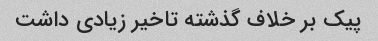
پیک بر خلاف گذشته تاخیر زیادی داشت